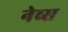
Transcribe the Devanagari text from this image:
नेव्स